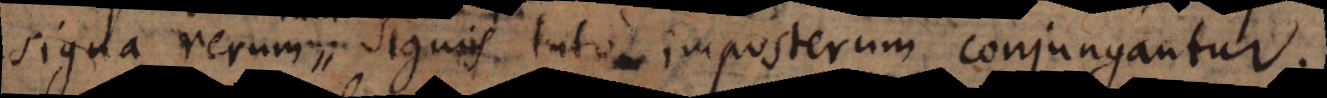
signa rerum signis tuto imposterum conjungantur.